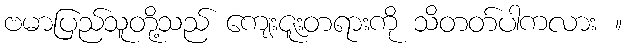
ဗမာပြည်သူတို့သည် ကျေးဇူးတရားကို သိတတ်ပါကလား ။